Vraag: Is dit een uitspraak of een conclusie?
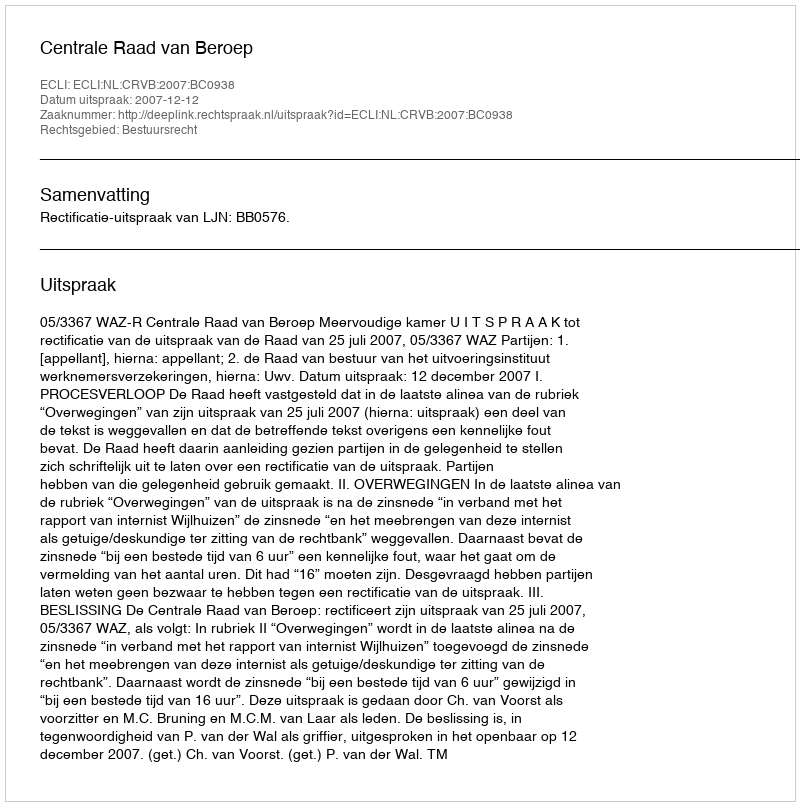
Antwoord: Uitspraak